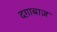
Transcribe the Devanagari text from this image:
दग़ाबाज़